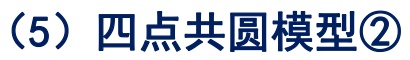
（5）四点共圆模型\textcircled{2}